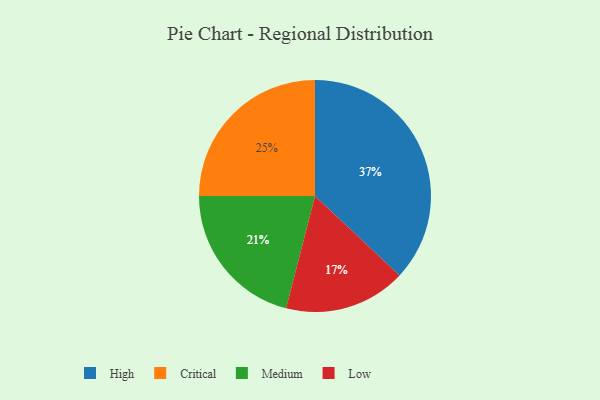
{"axis": {"x": "Category", "y": "Percentage"}, "legend": ["Critical", "High", "Low", "Medium"], "data": [{"x": "Low", "y": 17, "type": "Low"}, {"x": "Medium", "y": 21, "type": "Medium"}, {"x": "High", "y": 37, "type": "High"}, {"x": "Critical", "y": 25, "type": "Critical"}]}